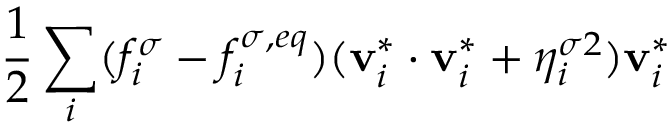
\frac { 1 } { 2 } \sum _ { i } ( f _ { i } ^ { \sigma } - f _ { i } ^ { \sigma , e q } ) ( \mathbf { v } _ { i } ^ { * } \cdot \mathbf { v } _ { i } ^ { * } + \eta _ { i } ^ { \sigma 2 } ) \mathbf { v } _ { i } ^ { * }